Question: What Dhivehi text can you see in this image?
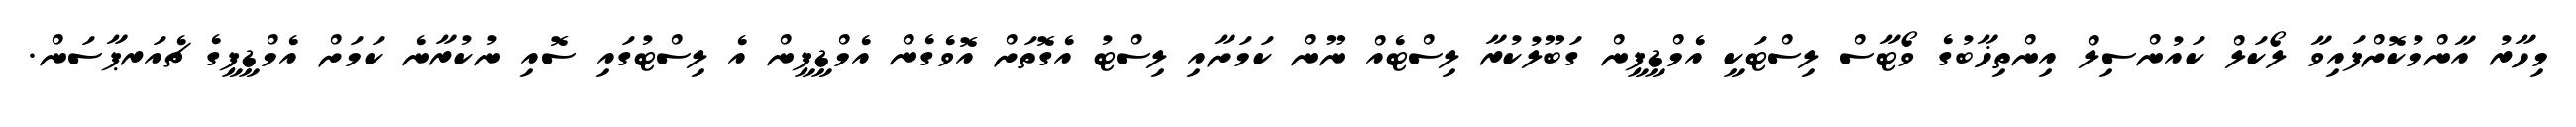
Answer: މިހާރު އާންމުކޮށްފައިވާ ލޯކަލް ކައުންސިލް އިންތިޚާބުގެ ވޯޓާސް ލިސްޓަކީ އެމްޑީޕީން ގަބޫލުކުރާ ލިސްޓެއް ނޫން ކަމަށާއި ލިސްޓު އެގޮތަށް އޮވެގެން އެމްޑީޕީން އެ ލިސްޓުގައި ސޮއި ނުކުރާނެ ކަމަށް އެމްޑީޕީގެ ޗެއަރޕާސަން.